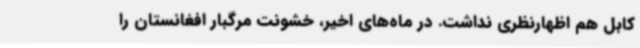
کابل هم اظهارنظری نداشت. در ماه‌های اخیر، خشونت مرگبار افغانستان را